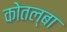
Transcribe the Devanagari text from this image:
कोतल्बा